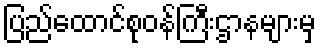
ပြည်ထောင်စုဝန်ကြီးဌာနများမှ